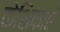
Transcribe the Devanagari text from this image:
केशिकाएं